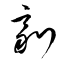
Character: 劑